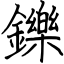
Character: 鑠